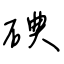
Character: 碘